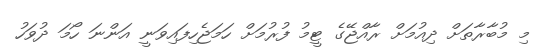
މި މުބާރާތަށް ދިއުމަށް ރާއްޖޭގެ ޓީމު ފުރުމަށް ހަމަޖެހިފައިވަނީ އަންނަ ހޯމަ ދުވަހު